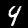
Digit: 4